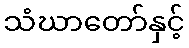
သံဃာတော်နှင့်